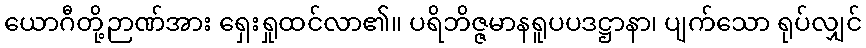
ယောဂီတို့ဉာဏ်အား ရှေးရှုထင်လာ၏။ ပရိဘိဇ္ဇမာနရူပပဒဋ္ဌာနာ၊ ပျက်သော ရုပ်လျှင်